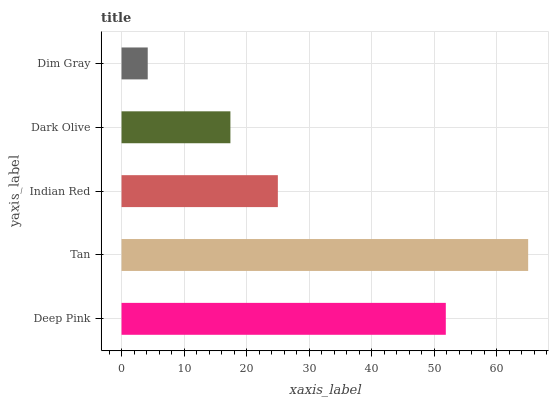
| yaxis_label | bars |
 | --- | --- |
 | Deep Pink | 51.8 |
 | Tan | 65 |
 | Indian Red | 25 |
 | Dark Olive | 17.4 |
 | Dim Gray | 4.19 |